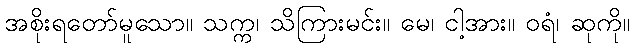
အစိုးရတော်မူသော။ သက္က၊ သိကြားမင်း။ မေ၊ ငါ့အား။ ဝရံ၊ ဆုကို။